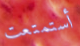
أستمتعت